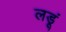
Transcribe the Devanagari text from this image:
लडूं